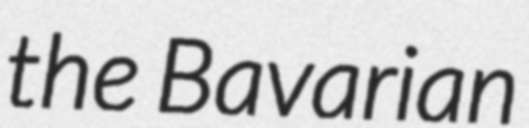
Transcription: the Bavarian